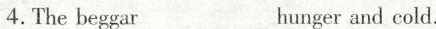
4.Thebeggar___hunger and cold.